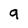
Character: 9